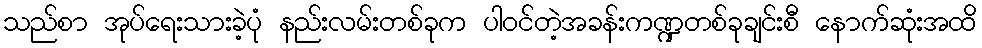
သည်စာ အုပ်ရေးသားခဲ့ပုံ နည်းလမ်းတစ်ခုက ပါဝင်တဲ့အခန်းကဏ္ဍတစ်ခုချင်းစီ နောက်ဆုံးအထိ